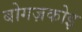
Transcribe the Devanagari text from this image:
बोगज़कोइ